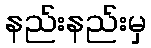
နည်းနည်းမှ